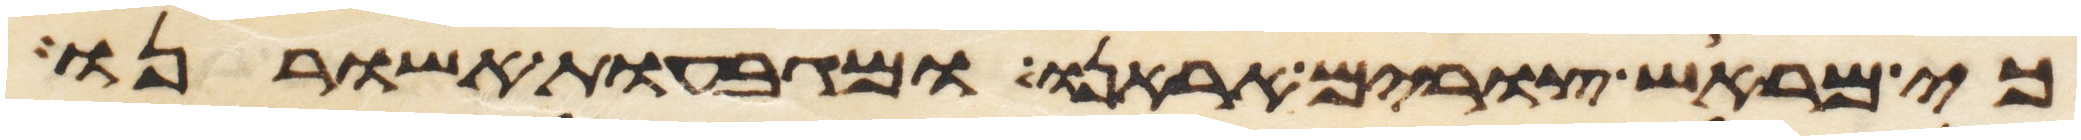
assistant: כי מראש צורים אראנו ומגבעות אשורנו